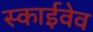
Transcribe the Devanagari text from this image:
स्काईवेव